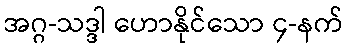
အဂ္ဂ-သဒ္ဒါ ဟောနိုင်သော ၄-နက်